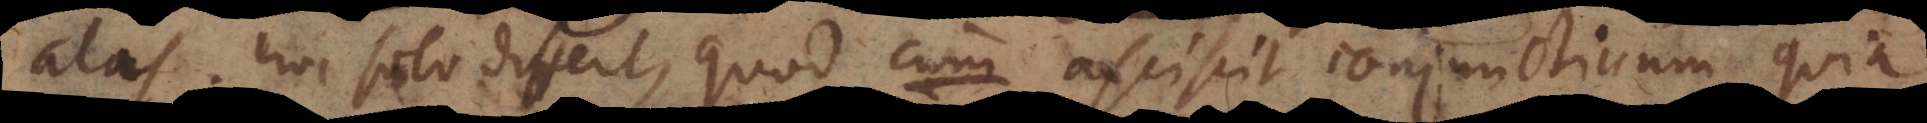
alas. Hoc solo differt, quod cum asciscit conjunctivum, quia